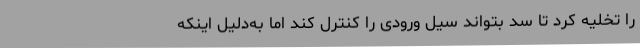
را تخلیه کرد تا سد بتواند سیل ورودی را کنترل کند اما به‌دلیل اینکه